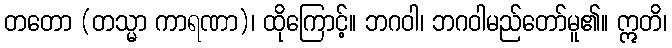
တတော (တသ္မာ ကာရဏာ)၊ ထိုကြောင့်။ ဘဂဝါ၊ ဘဂဝါမည်တော်မူ၏။ ဣတိ၊